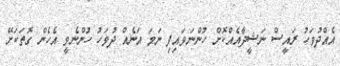
އެއްދުވަހު ރައީސް ނަޝީދާއެއްކޮށް ހުންނަވައިފި ނަމަ އަނެއް ދުވަހު ހުންނެވީ އެހެން ގޮތަކަށޭ